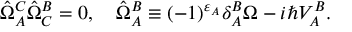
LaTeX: \hat { \Omega } _ { A } ^ { C } \hat { \Omega } _ { C } ^ { B } = 0 , \quad \hat { \Omega } _ { A } ^ { B } \equiv ( - 1 ) ^ { \varepsilon _ { A } } \delta _ { A } ^ { B } \Omega - i \hbar V _ { A } ^ { B } .